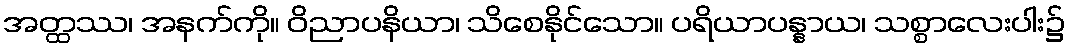
အတ္ထဿ၊ အနက်ကို။ ဝိညာပနိယာ၊ သိစေနိုင်သော။ ပရိယာပန္နာယ၊ သစ္စာလေးပါး၌